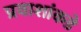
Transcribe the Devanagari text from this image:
प्रवाशांकडे